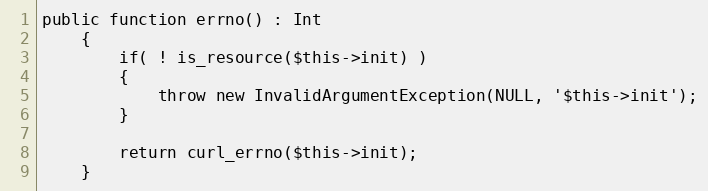
Language: PHP
public function errno() : Int
    {
        if( ! is_resource($this->init) )
        {
            throw new InvalidArgumentException(NULL, '$this->init');
        }

        return curl_errno($this->init);
    }